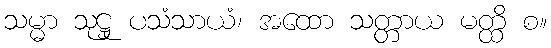
သမ္မာ သုဋ္ဌု ပသံသာယံ၊ အထော သတ္တာယ မတ္ထိ စ။